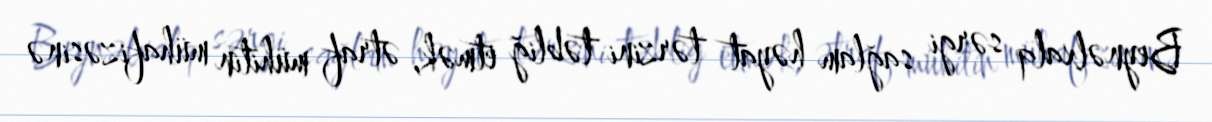
Beynəlxalq sərgi sağlam həyat tərzini təbliğ etmək, ətraf mühitin mühafizəsinə